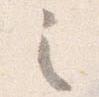
之